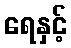
ရေနှင့်